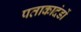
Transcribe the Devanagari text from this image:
पताकादंडों